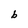
Character: b